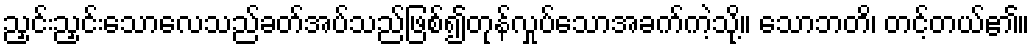
ညှင်းညှင်းသောလေသည်ခတ်အပ်သည်ဖြစ်၍တုန်လှုပ်သောအခက်ကဲ့သို့။ သောဘတိ၊ တင့်တယ်၏။